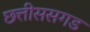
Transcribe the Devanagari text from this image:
छत्तीससगड